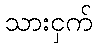
သားငှက်